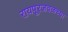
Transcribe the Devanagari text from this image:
रायपूरजवळच्या